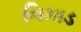
નિમાડ